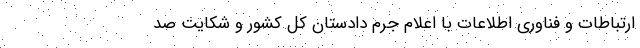
ارتباطات و فناوری اطلاعات با اعلام جرم دادستان کل کشور و شکایت صد